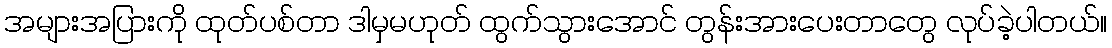
အများအပြားကို ထုတ်ပစ်တာ ဒါမှမဟုတ် ထွက်သွားအောင် တွန်းအားပေးတာတွေ လုပ်ခဲ့ပါတယ်။